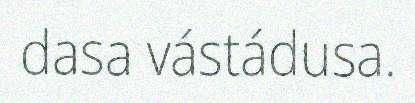
dasa vástádusa.